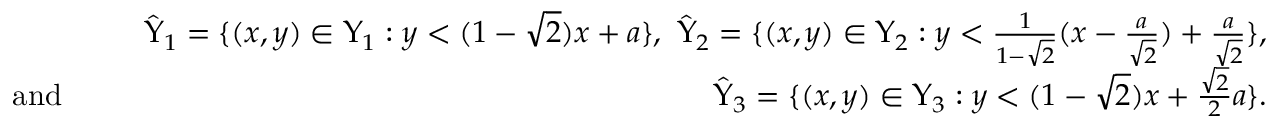
\begin{array} { r l r } & { } & { \hat { \Upsilon } _ { 1 } = \{ ( x , y ) \in \Upsilon _ { 1 } : y < ( 1 - \sqrt { 2 } ) x + a \} , \, \, \hat { \Upsilon } _ { 2 } = \{ ( x , y ) \in \Upsilon _ { 2 } : y < \frac { 1 } { 1 - \sqrt { 2 } } ( x - \frac { a } { \sqrt { 2 } } ) + \frac { a } { \sqrt { 2 } } \} , } \\ { \mathrm { a n d ~ } \, \, } & { } & { \hat { \Upsilon } _ { 3 } = \{ ( x , y ) \in \Upsilon _ { 3 } : y < ( { 1 - \sqrt { 2 } } ) x + \frac { \sqrt { 2 } } { 2 } a \} . } \end{array}